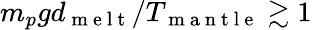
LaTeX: m_{p}gd_{\mathrm{~m~e~l~t~}}/T_{\mathrm{~m~a~n~t~l~e~}}\gtrsim 1